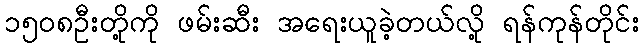
၁၅၀၈ဦးတို့ကို ဖမ်းဆီး အရေးယူခဲ့တယ်လို့ ရန်ကုန်တိုင်း